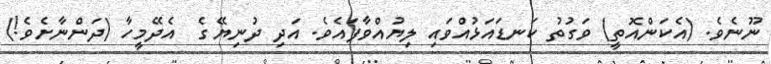
ނޫނެވެ. (އެކަންއޮތީ) ވަގުތު ކަނޑައަޅުއްވައި ލިޔުއްވާފައެވެ. އަދި ދުނިޔޭގެ  އެދޭމީހާ (ދަންނާށެވެ!)